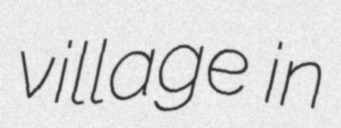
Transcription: village in